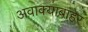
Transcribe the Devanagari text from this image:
अवाक्याबाहेर